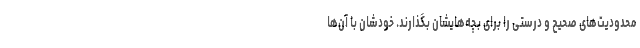
محدودیت‌های صحیح و درستی را برای بچه‌هایشان بگذارند. خودشان با آن‌ها